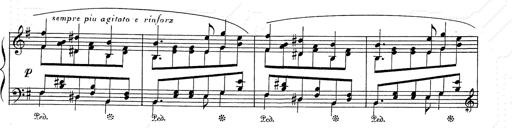
Title: 6 Polish Songs
Composer: Franz Liszt